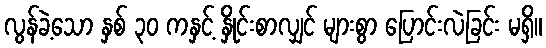
လွန်ခဲ့သော နှစ် ၃၀ ကနှင့် နှိုင်းစာလျှင် များစွာ ပြောင်းလဲခြင်း မရှိ။